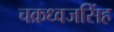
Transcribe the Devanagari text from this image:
चक्रध्वजसिंह